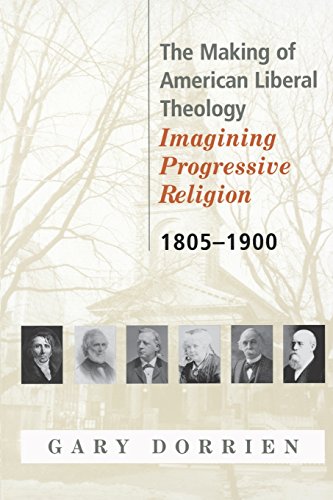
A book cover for The Making of American Liberal Theology: Imagining Progressive Religion, 1805 - 1900; Gary Dorrien; Christian Books & Bibles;